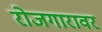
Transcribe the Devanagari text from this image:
रोजगारावर